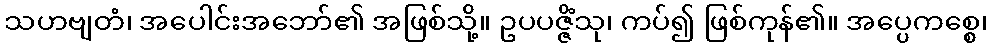
သဟဗျတံ၊ အပေါင်းအဘော်၏ အဖြစ်သို့။ ဥပပဇ္ဇိံသု၊ ကပ်၍ ဖြစ်ကုန်၏။ အပ္ပေကစ္စေ၊